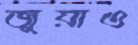
জুয়াও